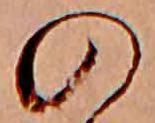
の